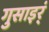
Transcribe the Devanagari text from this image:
गुसाइर्ं